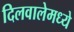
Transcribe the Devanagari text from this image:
दिलवालेमध्ये